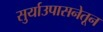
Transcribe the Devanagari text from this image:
सुर्याउपासनेतून